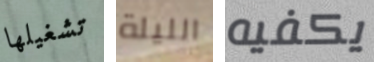
تشغيلها الليلة يكفيه